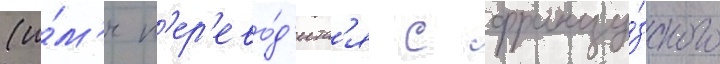
(и́м'я п'ер'ево́д'итс'я с францу́зского